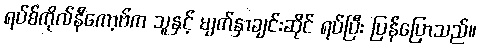
ရပ်စ်ကိုလ်နီကော့ဗ်က သူနှင့် မျက်နှာချင်းဆိုင် ရပ်ပြီး ပြန်ပြောသည်။